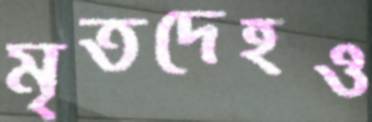
মৃতদেহও